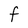
Character: F